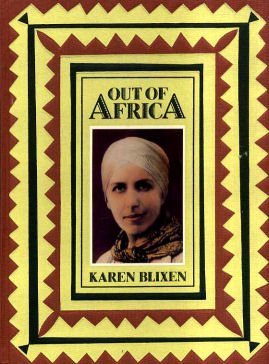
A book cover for Out of Africa (Traveller's); Karen Blixen; History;